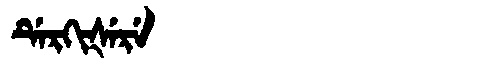
Manchu: ᡩᡝᡵᡴᡳᡧᡝᡵᡝ
Romanization: DERKIŠERE